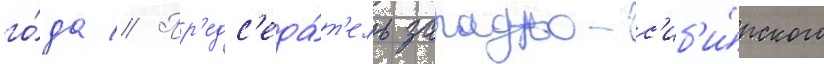
го́да // Пр'едс'еда́т'ель западно-с'иб'и́рского